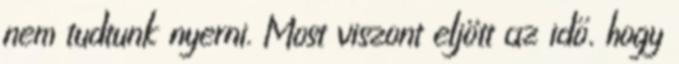
nem tudtunk nyerni. Most viszont eljött az idő, hogy